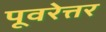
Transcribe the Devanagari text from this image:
पूवरेत्तर